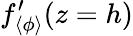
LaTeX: f_{\langle\phi\rangle}^{\prime}(z=h)